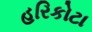
હરિકોટા